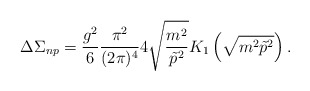
\begin{align*}\Delta\Sigma_{np} = \frac{g^2}6\frac{\pi^2}{(2\pi)^4} 4\sqrt{\frac{m^2}{\tilde p^2}} K_1\left(\sqrt{m^2\tilde p^2}\right). \end{align*}